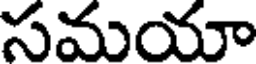
సమయా